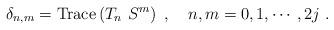
LaTeX: \begin{align*}\delta_{n,m}=\operatorname*{Trace}\left( T_{n}~S^{m}\right)\ ,\ \ \ n,m=0,1,\cdots,2j\ . \end{align*}